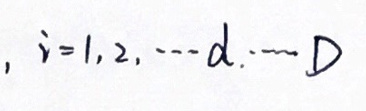
, \( i = 1,2,\cdots d,\cdots D \)